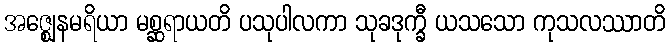
အဇ္ဈေနမရိယာ မစ္ဆရာယတိ ပသုပါလကာ သုခဒုက္ခီ ယသသော ကုသလဿာတိ